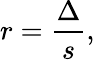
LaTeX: r={\frac{\Delta}{s}},